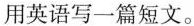
用英语写一篇短文。